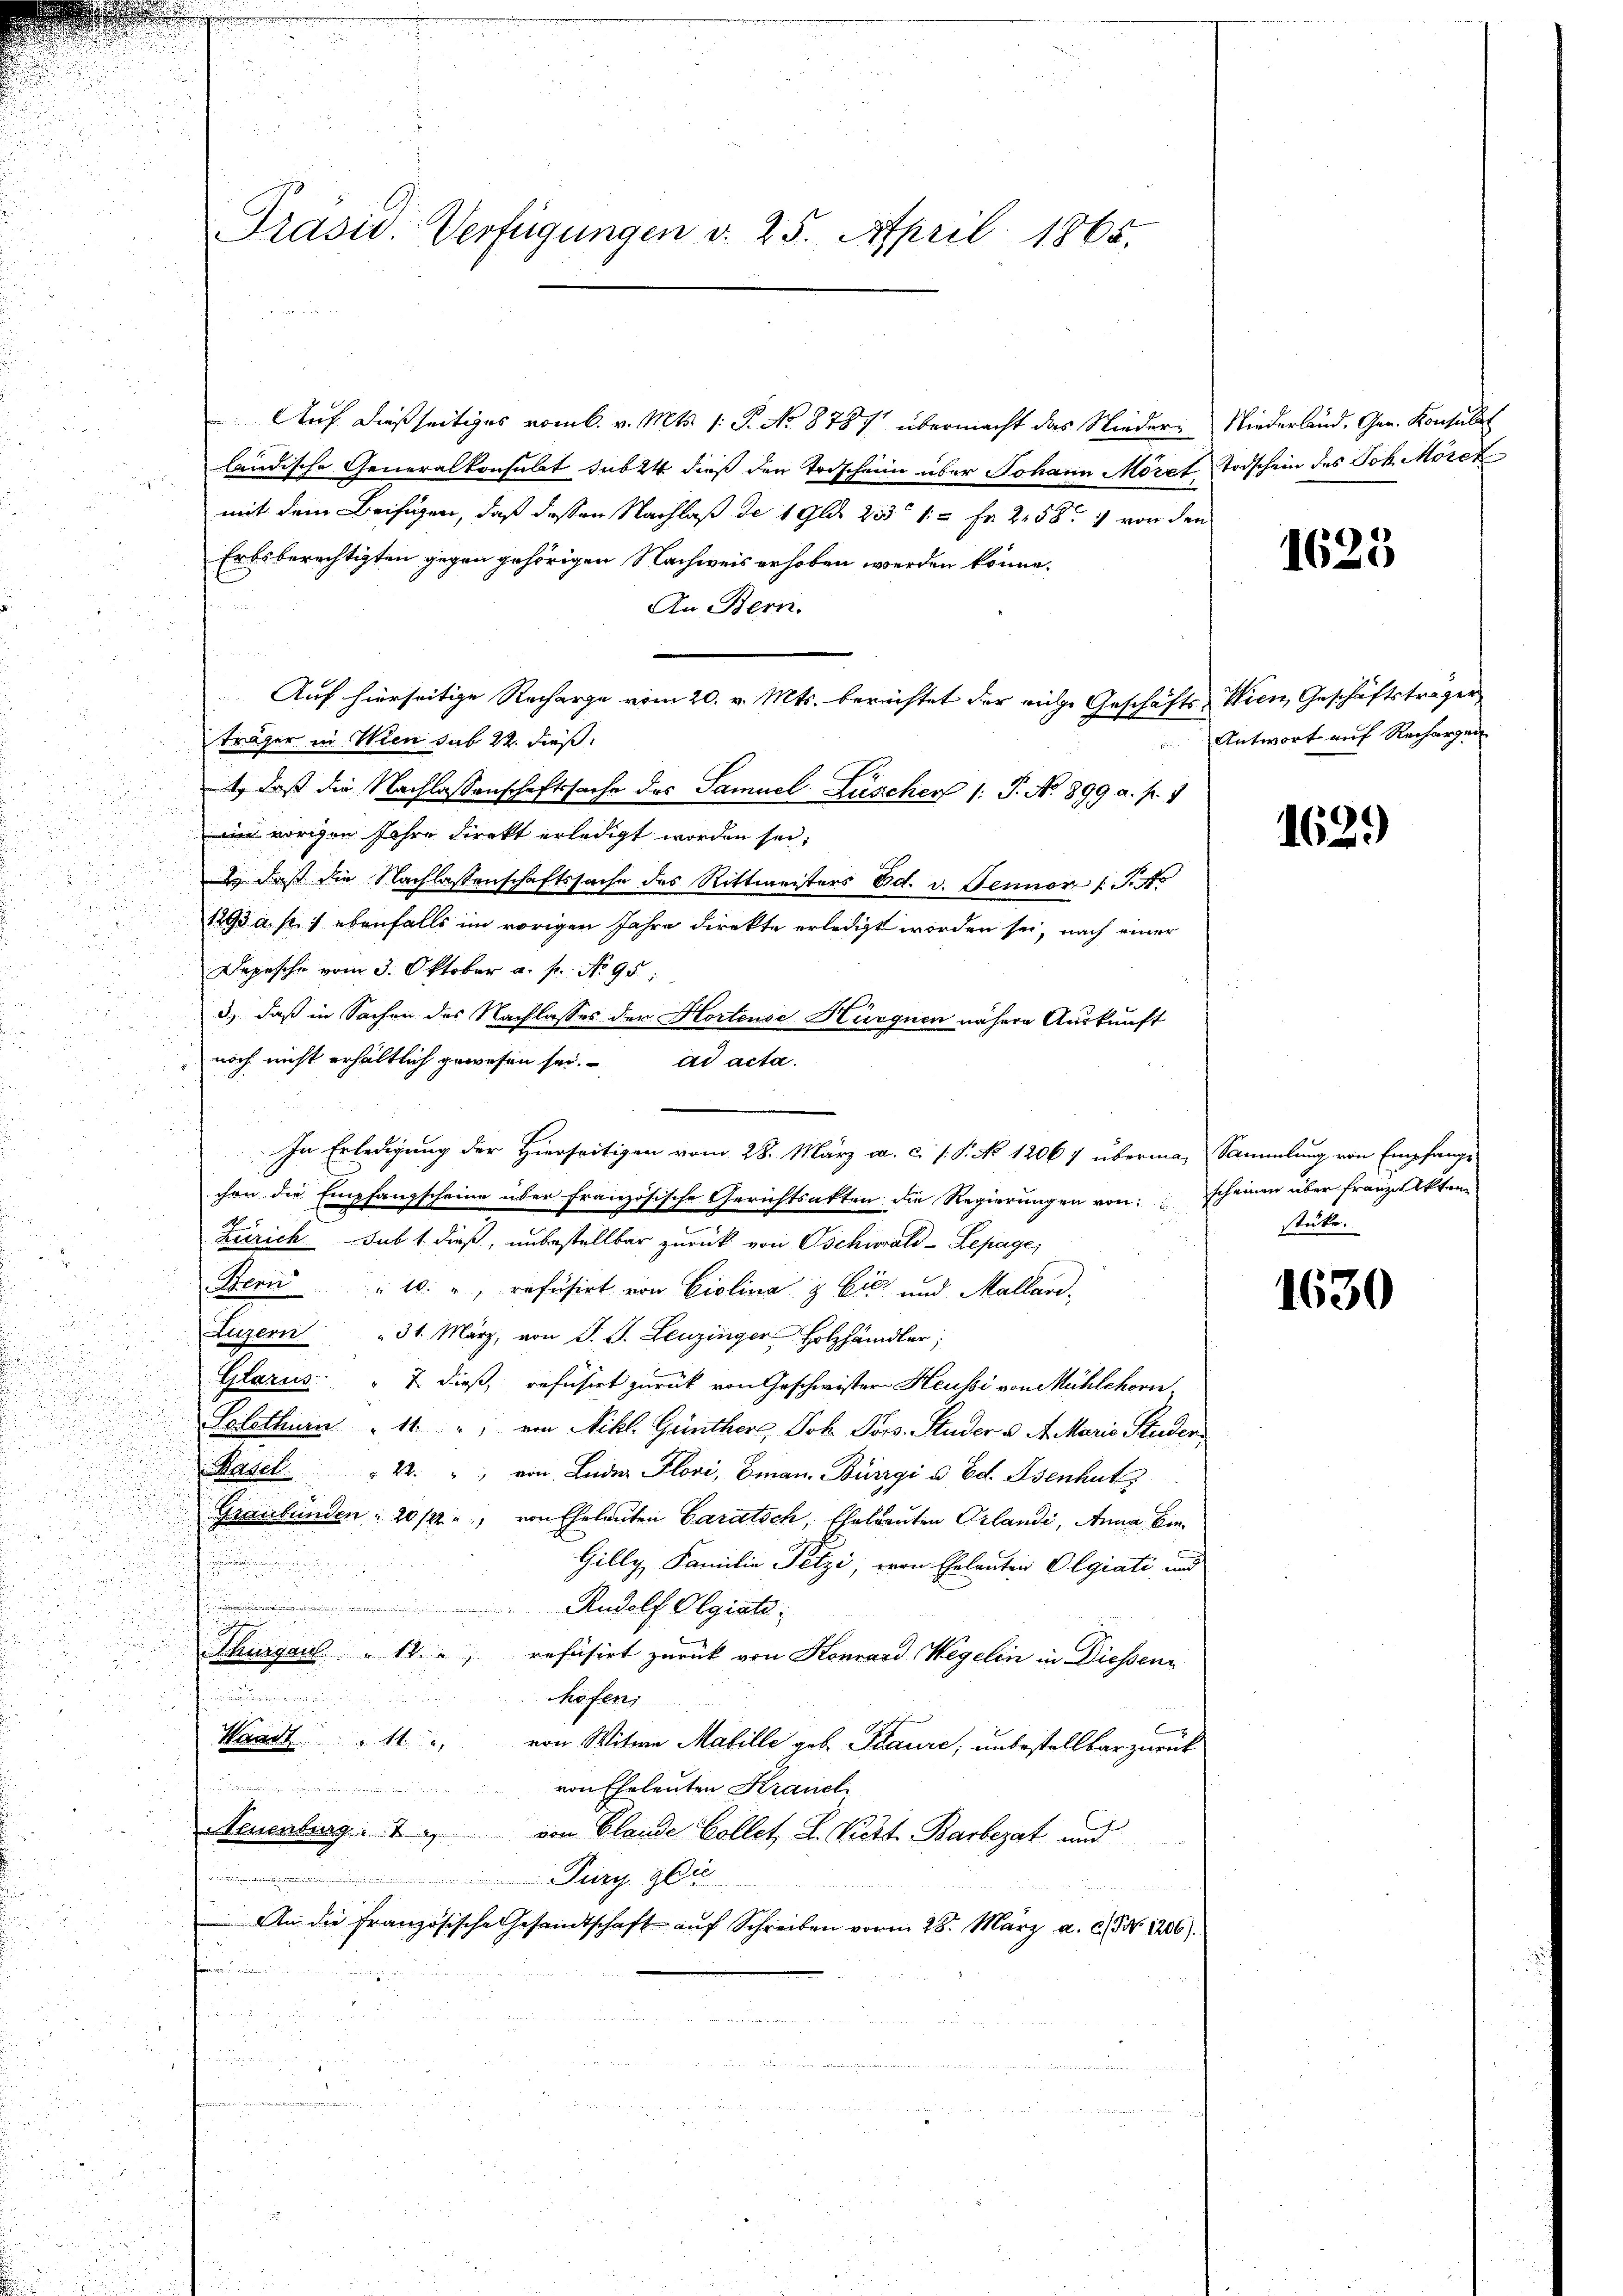
Präsid. Verfügungen v. 25. April 1865.

Auf dießseitiges vom k. v. Mts. 1. P. No 8787 übermacht das Nieder Niederland. Gen. Konsulat
ländische Generalkonsulat das 24 dieß der Trischein über Johann Möret Todschein des Joh. Möret
i
mit dem Beifügen, daß dessen Nachlaß der 1 Gld. Die 12 Fr. 258 von den
Erbsberechtigten gegen gehörigen Nachweis erhoben werden könne.
An Bern.
Auf hierseitige Recharge vom 20. v. Mts. berechtet der reiche Geschäfts Wien Geschäftsträger
¬
träger in Wien sub 22. dieß.
1, daß die Nachlassenschaftssache des Samuel Zuscher /: P. No 899 a. f. 7
2
i
en vorigen Jahre direkt erledigt worden sei;
d
 daß die Nachlassenschaftssache des Rittmeisters Bd. d. Jenner (T.15
1893 a. p. 1 ebenfalls im vorigen Jahre direkte erledigt worden sei, nach einer

Depesche vom 3. Oktober a. f. No 95:
u
3.) daß in Sachen des Nachlasses der Hortense Hüguen nähere Auskunft

i
noch nicht erhältlich gewesen sei. ad acta
.
i
3
In Erledigung der Hierseitigen vom 28. März a. c. /: P. No 12067 überma, Sammlung von Empfange
chen die Empfangscheine über französische Gerichtsakten die Regierungen von scheinen über Franze Akten
u
Zürich sub 1. dieß, unbestellbar zurück von Oschwald-Lepage,
Ben " 10. ", refüsirt von Eiolina & Cie und Mallard-
.

d
Luzern " 31. März, von S. S. Leuzinger Holzhändler;
n
Glarus: " 7. dieß, refusirt zurück von Geschwister Heussi von Mühlehorn
n
u

Solothurn " 11 " von Nikl. Günther, Joh. Pors. Studer u. A. Marie Studen
u
u
Basel.   22. " von Luder Flori, man Bürgi u. Ed. Osenhutz
.
Graubünden: 20/22, von Eheleuten Caratsch, Eheleuten Erlandi, Anna Ben¬
.
Gilly, Familie Fitzi, von Eheleuten Olgiati und
Rudolf Olgiati
.
.
Thurgau 18.
refüsirt zurück von Konrard Wegelin in Diessens

.
höfen
Waadt 11
von Witwe Matille geb. Baure, unbestellbar zurück
von Eheleuten Kraniel
u
Neuenburg. 2. von Blande Collet, L. Pitt. Barbezat und

.
Pury ge
2

An die Französische Gesandtschaft auf Schreiben vom 28. März a. c. d. 1206).
12 f 25
n
d
u

1623

Antwort auf Rechargen

162.)

stücke.

1630